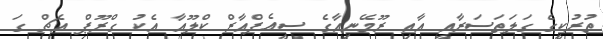
ތުރުކީގެ ގަލަތަސަރާއީ އާއި ރޫމޭނިއާގެ ސީއެފްއާރް ކްލޫއާ އެކު ގްރޫޕް އެޗް ގަ